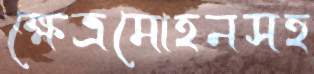
ক্ষেত্রমোহনসহ